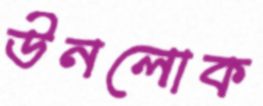
উনলোক